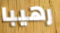
رهيبا